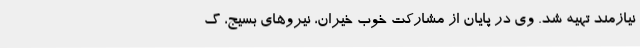
نیازمند تهیه شد. وی در پایان از مشارکت خوب خیران، نیروهای بسیج، گ